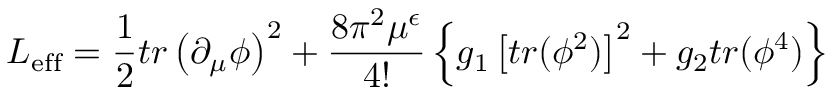
{ \cal L _ { \mathrm { e f f } } } = { \frac { 1 } { 2 } } t r \left( \partial _ { \mu } \phi \right) ^ { 2 } + { \frac { 8 \pi ^ { 2 } \mu ^ { \epsilon } } { 4 ! } } \left\{ g _ { 1 } \left[ t r ( \phi ^ { 2 } ) \right] ^ { 2 } + g _ { 2 } t r ( \phi ^ { 4 } ) \right\}